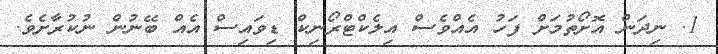
1. ނިދަން އޮށޯތުމަށް ފަހު އެއްވެސް އިލެކްޓްރޯނިކް ޑިވައިސް އެއް ބޭނުން ނުކުރާށެވެ.